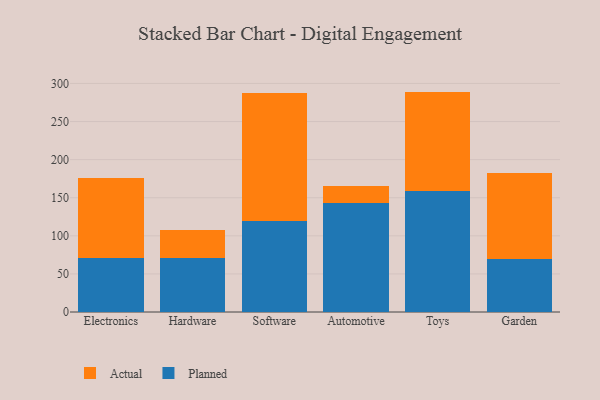
{"axis": {"x": "Category", "y": "Tickets Resolved"}, "legend": ["Actual", "Planned"], "data": [{"x": "Electronics", "y": 71.2, "type": "Planned"}, {"x": "Electronics", "y": 104.8, "type": "Actual"}, {"x": "Hardware", "y": 70.4, "type": "Planned"}, {"x": "Hardware", "y": 37.0, "type": "Actual"}, {"x": "Software", "y": 120.1, "type": "Planned"}, {"x": "Software", "y": 167.9, "type": "Actual"}, {"x": "Automotive", "y": 142.5, "type": "Planned"}, {"x": "Automotive", "y": 23.2, "type": "Actual"}, {"x": "Toys", "y": 158.3, "type": "Planned"}, {"x": "Toys", "y": 131.0, "type": "Actual"}, {"x": "Garden", "y": 69.6, "type": "Planned"}, {"x": "Garden", "y": 112.6, "type": "Actual"}]}